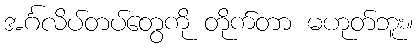
အင်္ဂလိပ်တပ်တွေကို တိုက်တာ မဟုတ်ဘူး။